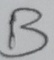
Text: B